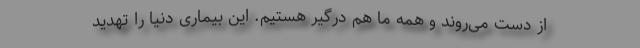
از دست می‌روند و همه ما هم درگیر هستیم. این بیماری دنیا را تهدید